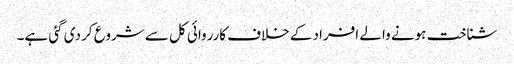
شناخت ہونے والے افراد کے خلاف کارروائی کل سے شروع کر دی گئی ہے۔